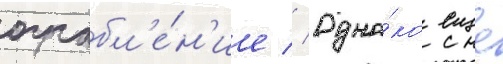
ограбл'е́н'ие // Одна́ко еще